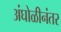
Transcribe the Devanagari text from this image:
अंघोळीनंतर